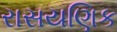
રાસયણિક